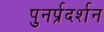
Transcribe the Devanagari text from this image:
पुनर्प्रदर्शन